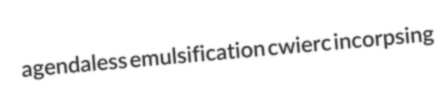
agendaless emulsification cwierc incorpsing